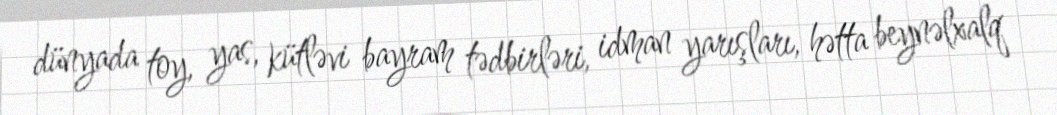
dünyada toy, yas, kütləvi bayram tədbirləri, idman yarışları, hətta beynəlxalq